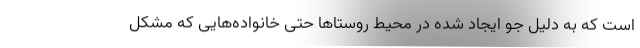
است که به دلیل جو ایجاد شده در محیط روستاها حتی خانواده‌هایی که مشکل